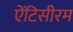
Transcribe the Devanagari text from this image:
ऐंटिसीरम